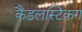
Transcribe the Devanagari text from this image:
कैंडलस्टिकग